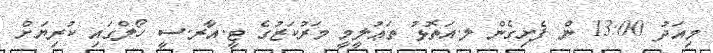
މިއަދު 13:00 ން ފެށިގެން ލ.އަތޮޅު ތަޢުލީމީ މަރުކަޒުގެ ޓީ.އާރ.ސީ ހޯލްގައި ކުރިޔަށް